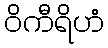
ဝိကီရိဟံ